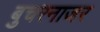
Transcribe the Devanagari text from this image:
बुचरनाजर